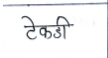
मजकूर: टेकडी